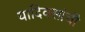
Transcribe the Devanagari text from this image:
यादिवसांची